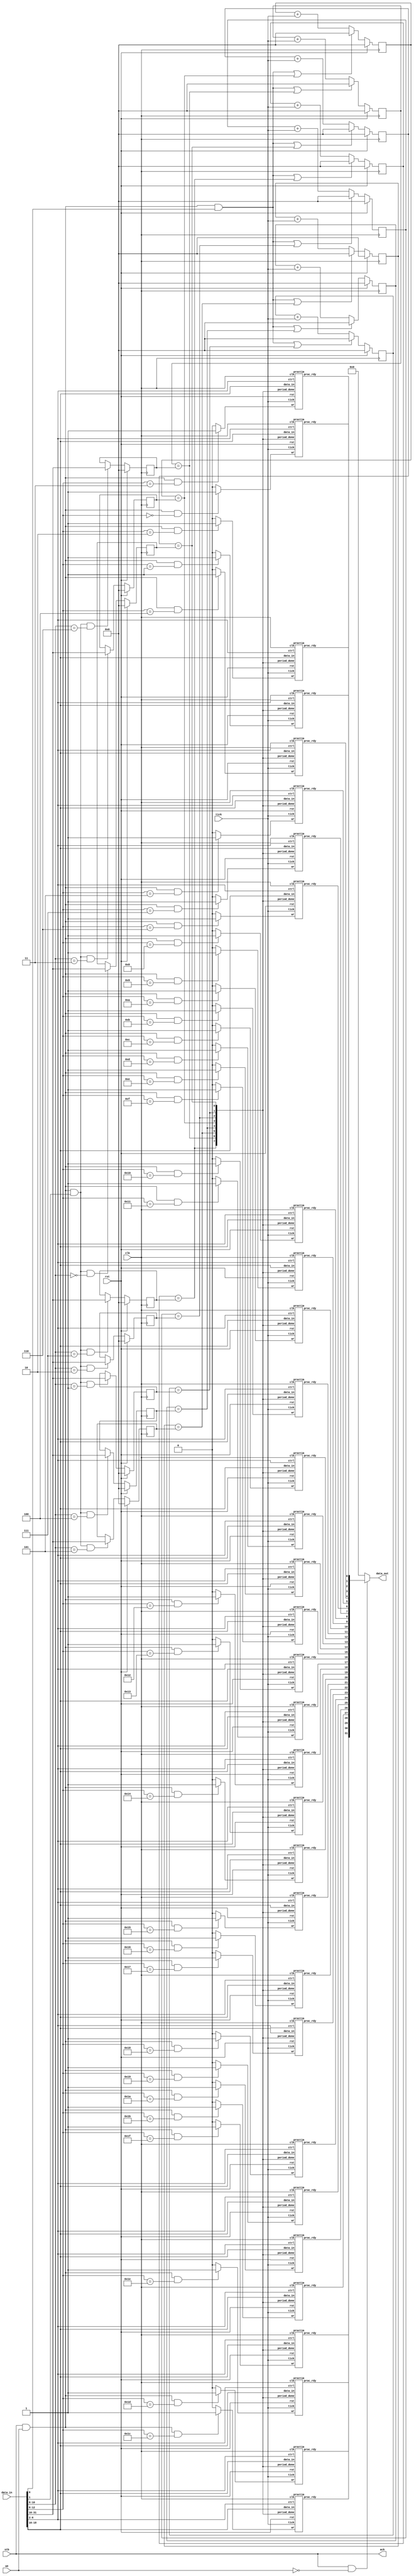
/**
  Process Timers
  --
  Instantiate 32 periodic process timers.
  --
  Architecture: ANY
  --
  Control data:
  for tickers:
  [0]: reset all tickers
  [1]: set ticker period
  for process timers:
  [2]: set process timer to use a specific ticker, reset ready bit
  [3]: reset (clear) ready signal
  [4]: enable
  [5]: disable
  [6]: force set ready
  --
  Data format:
  general:
  [7:0]: control data
  [31:16]: data: period for a ticker, ticker number for an individual process periodic timer
  for tickers:
  [15:0]: ticker number
  for process timers:
  [15:0]: individual timer number
  --
  The 'en' enable and ticker assignment 'ticker_no' of the individual timers are not
  reset upon the reset signal, so they keep their values across a system reset.
  --
  2020 - 2023 Gray, gray@grayraven.org
  https://oberon-rts.org/licences
**/

`timescale 1ns / 1ps
`default_nettype none

  module proctimers (
    input wire clk,
    input wire rst,
    input wire stb,
    input wire we,
    input wire tick,
    input wire [31:0] data_in,
    output wire [31:0] data_out,
    output wire ack
  );

  wire wr_data = stb & we;
  wire rd_data = stb & ~we;

  // split input data
  wire [6:0] ctrl = data_in[6:0];
  wire [4:0] which = data_in[12:8];
  wire [15:0] data = data_in[31:16];

  // the eight tickers
  reg [15:0] period [7:0];
  reg [15:0] ticker [7:0];
  wire [7:0] period_done;
  wire reset_tickers = wr_data & ctrl[0];
  wire set_period = wr_data & ctrl[1];
  wire [2:0] select_tm = which[2:0];

  // generate the eight tickers
  genvar i;
  generate
    for (i = 0; i < 8; i = i + 1) begin: tickers
      always @(posedge clk) begin
        period[i] <= rst ? 16'b0 : (set_period & (select_tm == i[2:0])) ? data : period[i];
        ticker[i] <= rst ? 16'b0 : (reset_tickers | period_done[i]) ? 16'b0 : ticker[i] + tick;
      end
      assign period_done[i] = (ticker[i] == period[i]);
    end
  endgenerate

  // control signals for process timers
  wire [31:0] wr_pt;
  wire [4:0] ctrl_pt = ctrl[6:2];
  wire [4:0] select_pc = which;  // address individual timers

  // output for process timers
  wire [31:0] proc_rdy;

  // generate the process timers
  genvar j;
  generate
    for (j = 0; j < 32; j = j+1) begin: timers
      proctim pt (
        .clk(clk), .rst(rst), .tick(tick),
        .period_done(period_done),
        .wr(wr_pt[j]),
        .ctrl(ctrl_pt),
        .data_in(data[2:0]),
        .proc_rdy(proc_rdy[j])
       );
      assign wr_pt[j] = (wr_data == 1'b1 && (select_pc == j)) ? 1'b1 : 1'b0;
    end
  endgenerate

  // assemble output data and signal
  assign data_out[31:0] =
    rd_data ? proc_rdy[31:0] :
    32'b0;

  assign ack = stb;

endmodule


module proctim (
  input wire clk,
  input wire rst,
  input wire tick,
  input wire wr,
  input wire [7:0] period_done,
  input wire [4:0] ctrl,
  input wire [2:0] data_in,
  output reg proc_rdy
);

  reg [2:0] ticker_no;
  reg en;
  wire set_ticker = wr & ctrl[0];
  wire clear_ready = wr & ctrl[1];
  wire set_enabled = wr & ctrl[2];
  wire set_disabled = wr & ctrl[3];
  wire set_rdy = wr & ctrl[4];
  
  initial begin
    en = 0;
    ticker_no = 0;
  end
  
  always @(posedge clk) begin
    ticker_no <= set_ticker ? data_in[2:0] : ticker_no;
    en <= ~set_disabled & (set_enabled | set_ticker | en);
    proc_rdy  <= rst ? 1'b0 : ~(set_ticker | set_enabled | set_disabled | clear_ready) & (en & (period_done[ticker_no] | set_rdy | proc_rdy));
  end
  
endmodule

`resetall